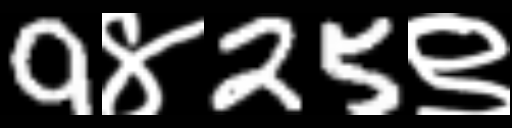
Text: 9४25९